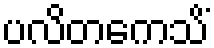
ပလိတကေသိံ